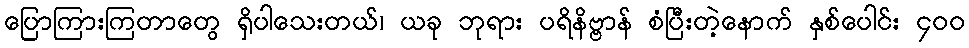
ပြောကြားကြတာတွေ ရှိပါသေးတယ်၊ ယခု ဘုရား ပရိနိဗ္ဗာန် စံပြီးတဲ့နောက် နှစ်ပေါင်း ၄၀၀